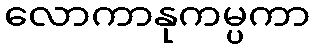
လောကာနုကမ္ပကာ